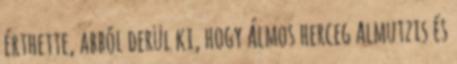
érthette, abból derül ki, hogy Álmos herceg Almutzis és